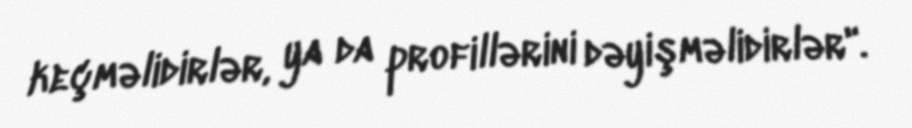
keçməlidirlər, ya da profillərini dəyişməlidirlər".